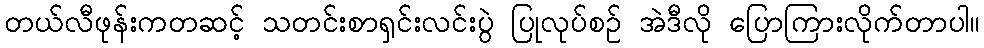
တယ်လီဖုန်းကတဆင့် သတင်းစာရှင်းလင်းပွဲ ပြုလုပ်စဉ် အဲဒီလို ပြောကြားလိုက်တာပါ။